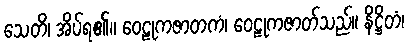
သေတိ၊ အိပ်ရ၏။ ဝေဠုကဇာတကံ၊ ဝေဠုကဇာတ်သည်။ နိဋ္ဌိတံ၊